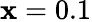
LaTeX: \mathbf{x}=0.1